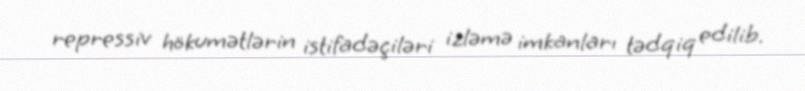
repressiv hökumətlərin istifadəçiləri izləmə imkanları tədqiq edilib.